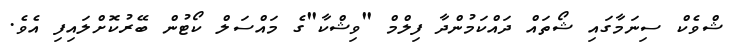
ޝްވެކް ސިނަމާގައި ޝޯތައް ދައްކަމުންދާ ފިލްމް "ވިޝްކާ"ގެ މައްސަލް ކޯޓުން ބޭރުކޮށްލައިފި އެވެ.